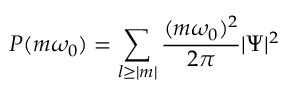
P ( m \omega _ { 0 } ) = \sum _ { l \geq | m | } \frac { ( m \omega _ { 0 } ) ^ { 2 } } { 2 \pi } | \Psi | ^ { 2 } \,